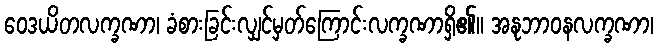
ဝေဒယိတလက္ခဏာ၊ ခံစားခြင်းလျှင်မှတ်ကြောင်းလက္ခဏာရှိ၏။ အနုဘာဝနလက္ခဏာ၊